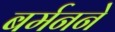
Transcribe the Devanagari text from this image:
बर्मनने